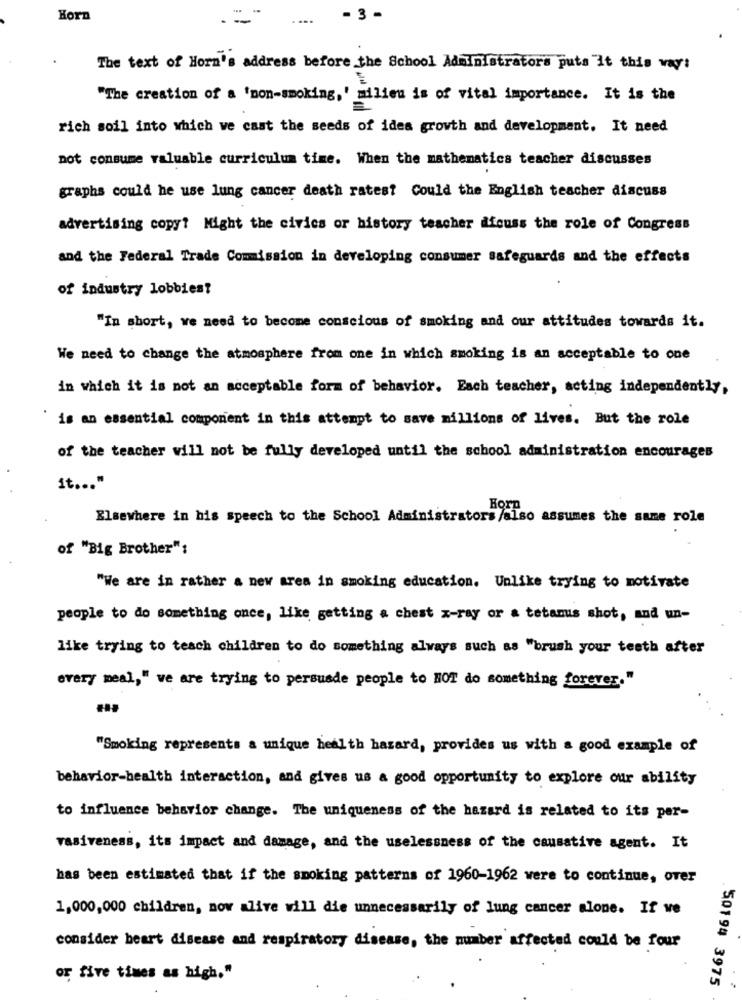
Horn
- 3 -
The text of Horn's address before the School Administrators puts It this way:
"The creation of a 'non-smoking,' milieu is of vital importance. It is the
rich soil into which we cast the seeds of idea growth and development. It need
not consume valuable curriculum time. When the mathematics teacher discusses
graphs could he use lung cancer death ratest Could the English teacher discuss
advertising copy? Might the civics or history teacher afouss the role of Congress
and the Federal Trade Commission in developing consumer safeguards and the effects
of industry lobbies?
"In short, we need to become conscious of smoking and our attitudes towards it.
We need to change the atmosphere from one in which smoking is an acceptable to one
in which it is not an acceptable form of behavior. Each teacher, acting independently,
is an essential component in this attempt to save millions of lives. But the role
of the teacher will not be fully developed until the school administration encourages
it ... "
Born
Elsewhere in his speech to the School Administrators /also assumes the same role
of "Big Brother":
"We are in rather a new area in smoking education. Unlike trying to motivate
people to do something once, like getting a chest x-ray or a tetanus shot, and un-
like trying to teach children to do something always such as "brush your teeth after
every meal," we are trying to persuade people to HOT do something forever."
"Smoking represents a unique health hazard, provides us with a good example of
behavior-health interaction, and gives us a good opportunity to explore our ability
to influence behavior change. The uniqueness of the hazard is related to its per-
vasiveness, its impact and damage, and the uselessness of the causative agent. It
has been estimated that if the smoking patterns of 1960-1962 were to continue, over
1,000,000 children, now alive will die unnecessarily of lung cancer alone. If ve
consider heart disease and respiratory disease, the number affected could be four
or five times as high."
. 501 94 3975